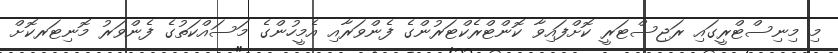
މި މިނިސްޓްރީގައި ރަޖިސްޓަރީ ކޮށްފައިވާ ކޮންޓްރެކްޓަރުންގެ ފެންވަރާއި އެމީހުންގެ މަސައްކަތުގެ ފެންވަރު މޮނިޓަރކޮށް